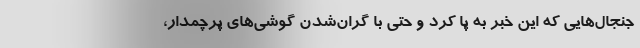
جنجال‌هایی که این خبر به پا کرد و حتی با گران‌شدن گوشی‌های پرچمدار،